Report of the Imperial Institute of Veterinary Research, Muktesar
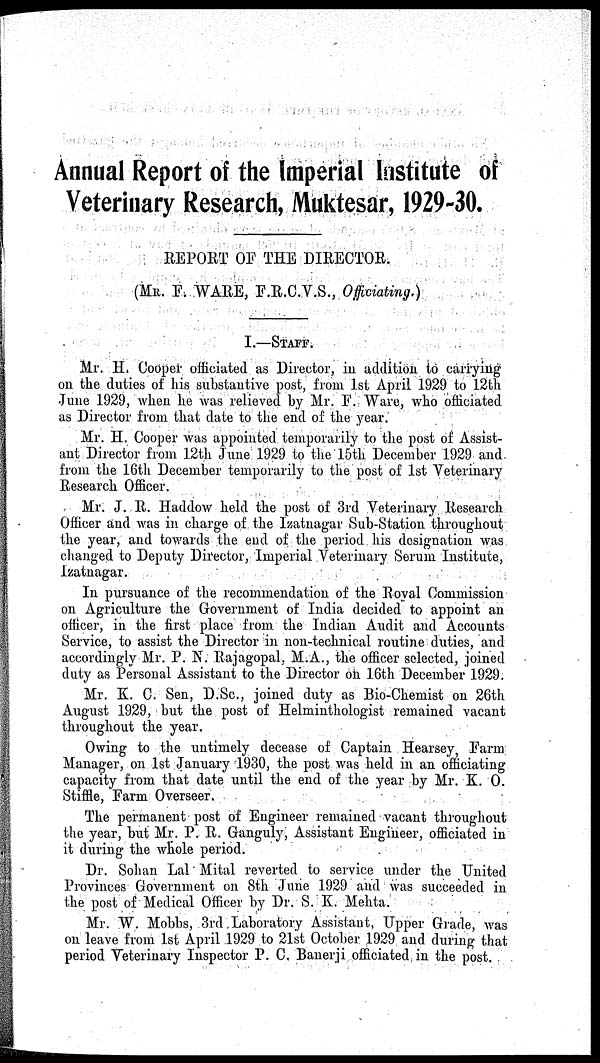
Annual Report of the Imperial Institute of
Veterinary Research, Muktesar, 1929-30.
REPORT OF THE DIRECTOR.
(MR. F. WARE, F.R.C.V.S., Officiating.)
I.—STAFF.
Mr. H. Cooper officiated as Director, in addition to carrying
on the duties of his substantive post, from 1st April 1929 to 12th
June 1929, when he was relieved by Mr. F. Ware, who officiated
as Director from that date to the end of the year.
Mr. H. Cooper was appointed temporarily to the post of Assist-
ant Director from 12th June 1929 to the 15th December 1929 and
from the 16th December temporarily to the post of 1st Veterinary
Research Officer.
Mr. J. R. Haddow held the post of 3rd Veterinary Research
Officer and was in charge of the Izatnagar Sub-Station throughout
the year, and towards the end of the period his designation was
changed to Deputy Director, Imperial Veterinary Serum Institute,
Izatnagar.
In pursuance of the recommendation of the Royal Commission
on Agriculture the Government of India decided to appoint an
officer, in the first place from the Indian Audit and Accounts
Service, to assist the Director in non-technical routine duties, and
accordingly Mr. P. N. Rajagopal, M.A., the officer selected, joined
duty as Personal Assistant to the Director on 16th December 1929.
Mr. K. C. Sen, D.Sc., joined duty as Bio-Chemist on 26th
August 1929, but the post of Helminthologist remained vacant
throughout the year.
Owing to the untimely decease of Captain Hearsey, Farm
Manager, on 1st January 1930, the post was held in an officiating
capacity from that date until the end of the year by Mr. K. O.
Stiffle, Farm Overseer.
The permanent post of Engineer remained vacant throughout
the year, but Mr. P. R. Ganguly, Assistant Engineer, officiated in
it during the whole period.
Dr. Sohan Lal Mital reverted to service under the United
Provinces Government on 8th June 1929 and was succeeded in
the post of Medical Officer by Dr. S. K. Mehta.
Mr. W. Mobbs, 3rd Laboratory Assistant, Upper Grade, was
on leave from 1st April 1929 to 21st October 1929 and during that
period Veterinary Inspector P. C. Banerji officiated in the post.